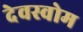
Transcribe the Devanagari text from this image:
देवस्‍वोम